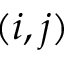
( i , j )